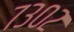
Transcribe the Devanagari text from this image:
७३०२